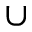
\cup